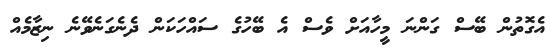
އެގޮތުން ބޭސް ގަންނަ މީހާއަށް ވެސް އެ ބޭހުގެ ސައްހަކަން ދެނެގަނެވޭނެ ނިޒާމެއް